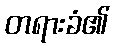
တရားခံ၏